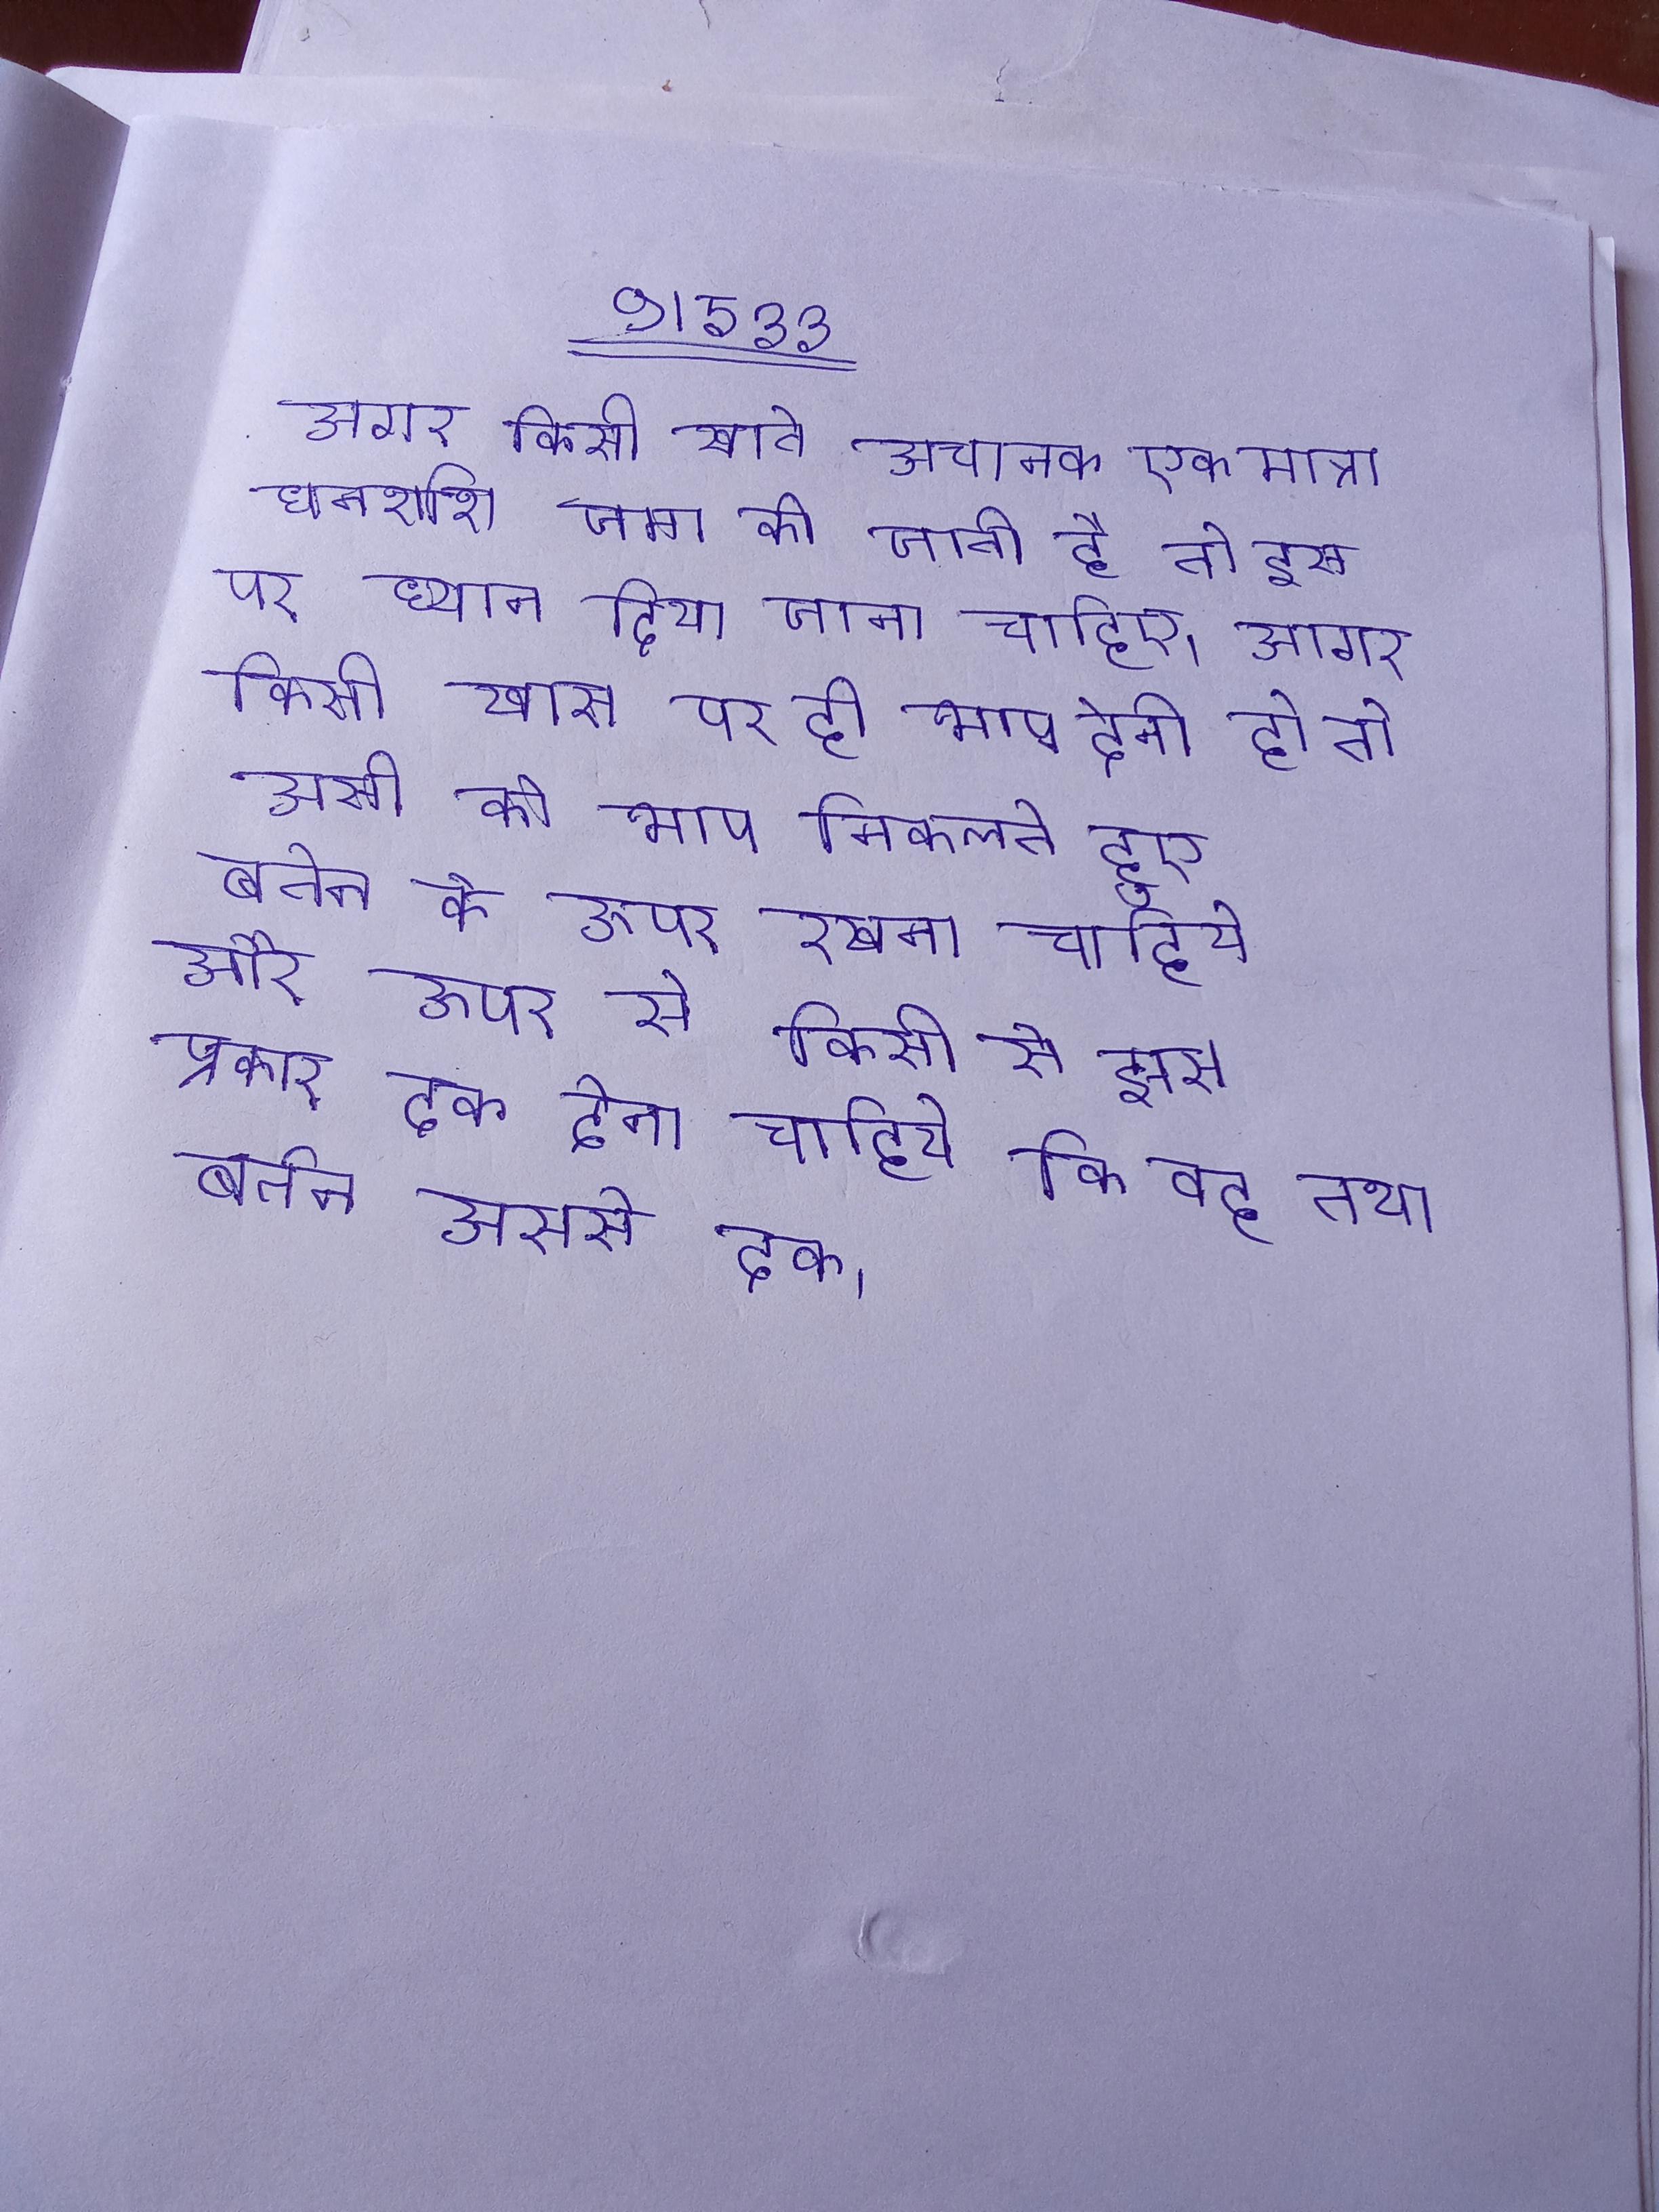
अगर किसी खाते अचानक एक मात्रा धनराशि जमा की जाती है तो इस पर ध्यान दिया जाना चाहिए । अगर किसी खास पर ही भाप देनी हो तो उसी को भाप निकलते हुए बर्तन के ऊपर रखना चाहिये और ऊपर से किसी से इस प्रकार ढक देना चाहिये कि वह तथा बर्तन उससे ढक ।